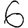
Digit: 6